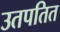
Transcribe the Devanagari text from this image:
उतपतित